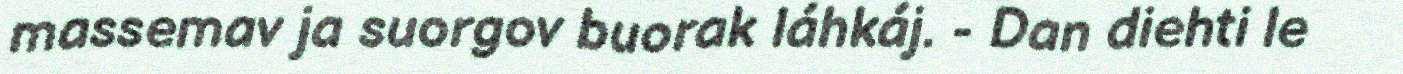
massemav ja suorgov buorak láhkáj. - Dan diehti le